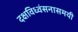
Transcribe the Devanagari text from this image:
दक्षविध्वंसनासमयी